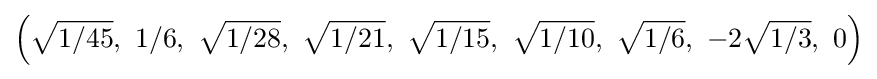
\left({\sqrt {1/45}},\ 1/6,\ {\sqrt {1/28}},\ {\sqrt {1/21}},\ {\sqrt {1/15}},\ {\sqrt {1/10}},\ {\sqrt {1/6}},\ -2{\sqrt {1/3}},\ 0\right)